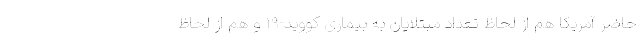
حاضر آمریکا هم از لحاظ تعداد مبتلایان به بیماری کووید-۱۹ و هم از لحاظ